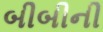
બીબીની